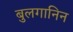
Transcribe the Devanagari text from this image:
बुलगानिन